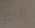
ماذا